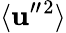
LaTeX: \langle{{\mathbf{u}}^{\prime\prime}{}^{2}}\rangle